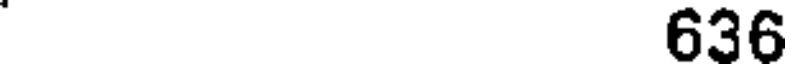
636